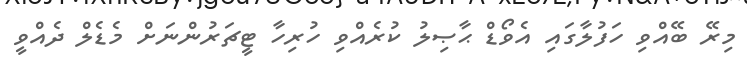
މިރޭ ބޭއްވި ހަފުލާގައި އެވޯޑް ޙާޞިލު ކުރެއްވި ހުރިހާ ޓީޗަރުންނަށް މެޑެލް ދެއްވީ